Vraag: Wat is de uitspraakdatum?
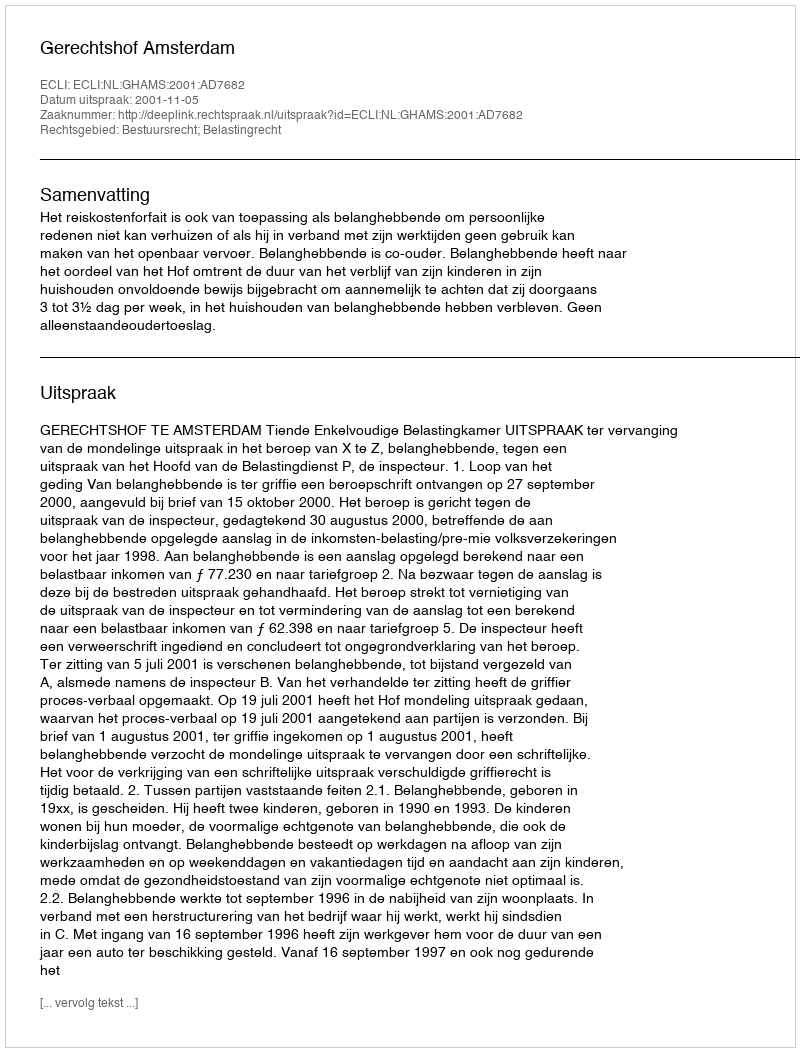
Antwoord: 2001-11-05